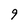
Character: g